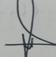
Signature authenticity: forged